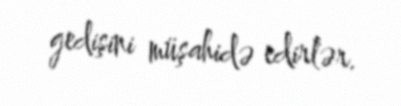
gedişini müşahidə edirlər.